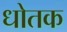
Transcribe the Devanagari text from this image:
धोतक